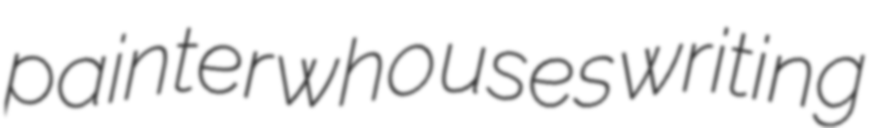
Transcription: painter who uses writing